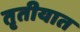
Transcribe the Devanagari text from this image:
तृतीयात